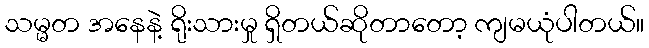
သမ္မတ အနေနဲ့ ရိုးသားမှု ရှိတယ်ဆိုတာတော့ ကျမယုံပါတယ်။